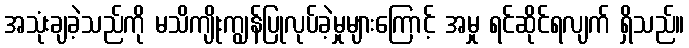
အသုံးချခဲ့သည်ကို မသိကျိုးကျွန်ပြုလုပ်ခဲ့မှုများကြောင့် အမှု ရင်ဆိုင်ရလျက် ရှိသည်။